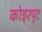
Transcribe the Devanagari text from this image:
कोइरपुट